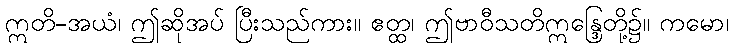
ဣတိ-အယံ၊ ဤဆိုအပ် ပြီးသည်ကား။ ဧတ္ထ၊ ဤဗာဝီသတိဣန္ဒြေတို့၌။ ကမော၊